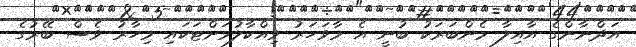
އަދްނާންގެ އާއިލާ މެންބަރަކު ބުނީ އެ މާވަހަރު ވިއްކާލުމަށްޓަކައި މިހާރު ވެސް ބޭރުގެ